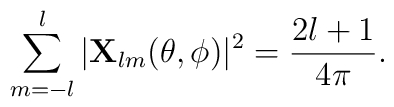
\sum_{m=-l}^l|{\bf X}_{lm}(\theta,\phi)|^2={2l+1\over 4\pi}.